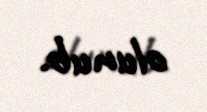
olunub.